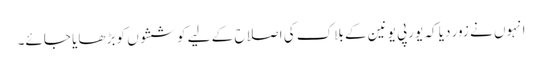
انہوں نے زور دیا کہ یورپی یونین کے بلاک کی اصلاح کے لیے کوششوں کو بڑھایا جائے۔